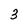
Character: 3